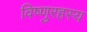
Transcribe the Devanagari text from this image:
विष्णुरहस्य